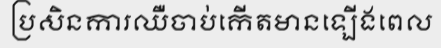
ប្រសិនការឈឺចាប់កើតមានឡើងពេល